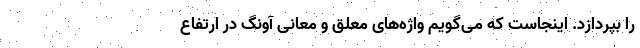
را بپردازد. اینجاست که می‌گویم واژه‌های معلّق و معانیِ آونگ در ارتفاعِ